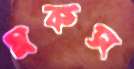
মকস